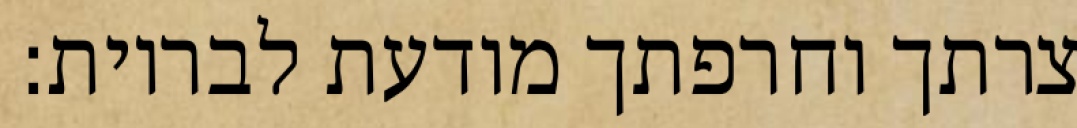
צרתך וחרפתך מודעת לבריות: